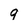
Character: 9